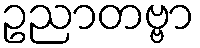
ဥညာတဗ္ဗာ